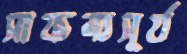
সাফল্যসূর্য